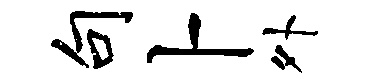
句卜外